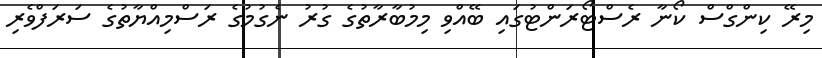
މިރޭ ކިންގްސް ކޯނާ ރެސްޓޯރަންޓުގައި ބޭއްވި މިމުބާރާތުގެ ގުރު ނެގުމުގެ ރަސްމިއްޔާތުގެ ސަރަފްވެރި